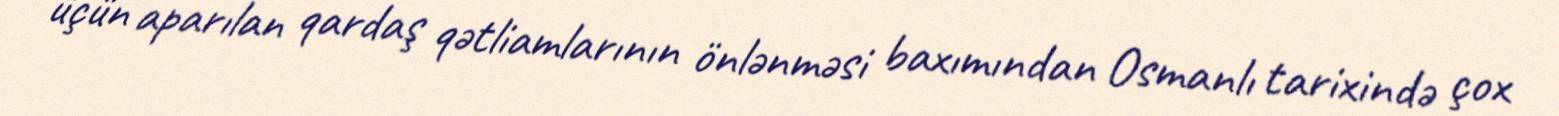
üçün aparılan qardaş qətliamlarının önlənməsi baxımından Osmanlı tarixində çox